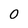
Character: 0